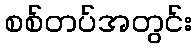
စစ်တပ်အတွင်း